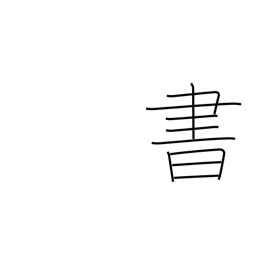
Meaning: write